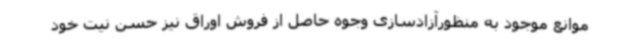
موانع موجود به منظورآزادسازی وجوه حاصل از فروش اوراق نیز حسن نیت خود